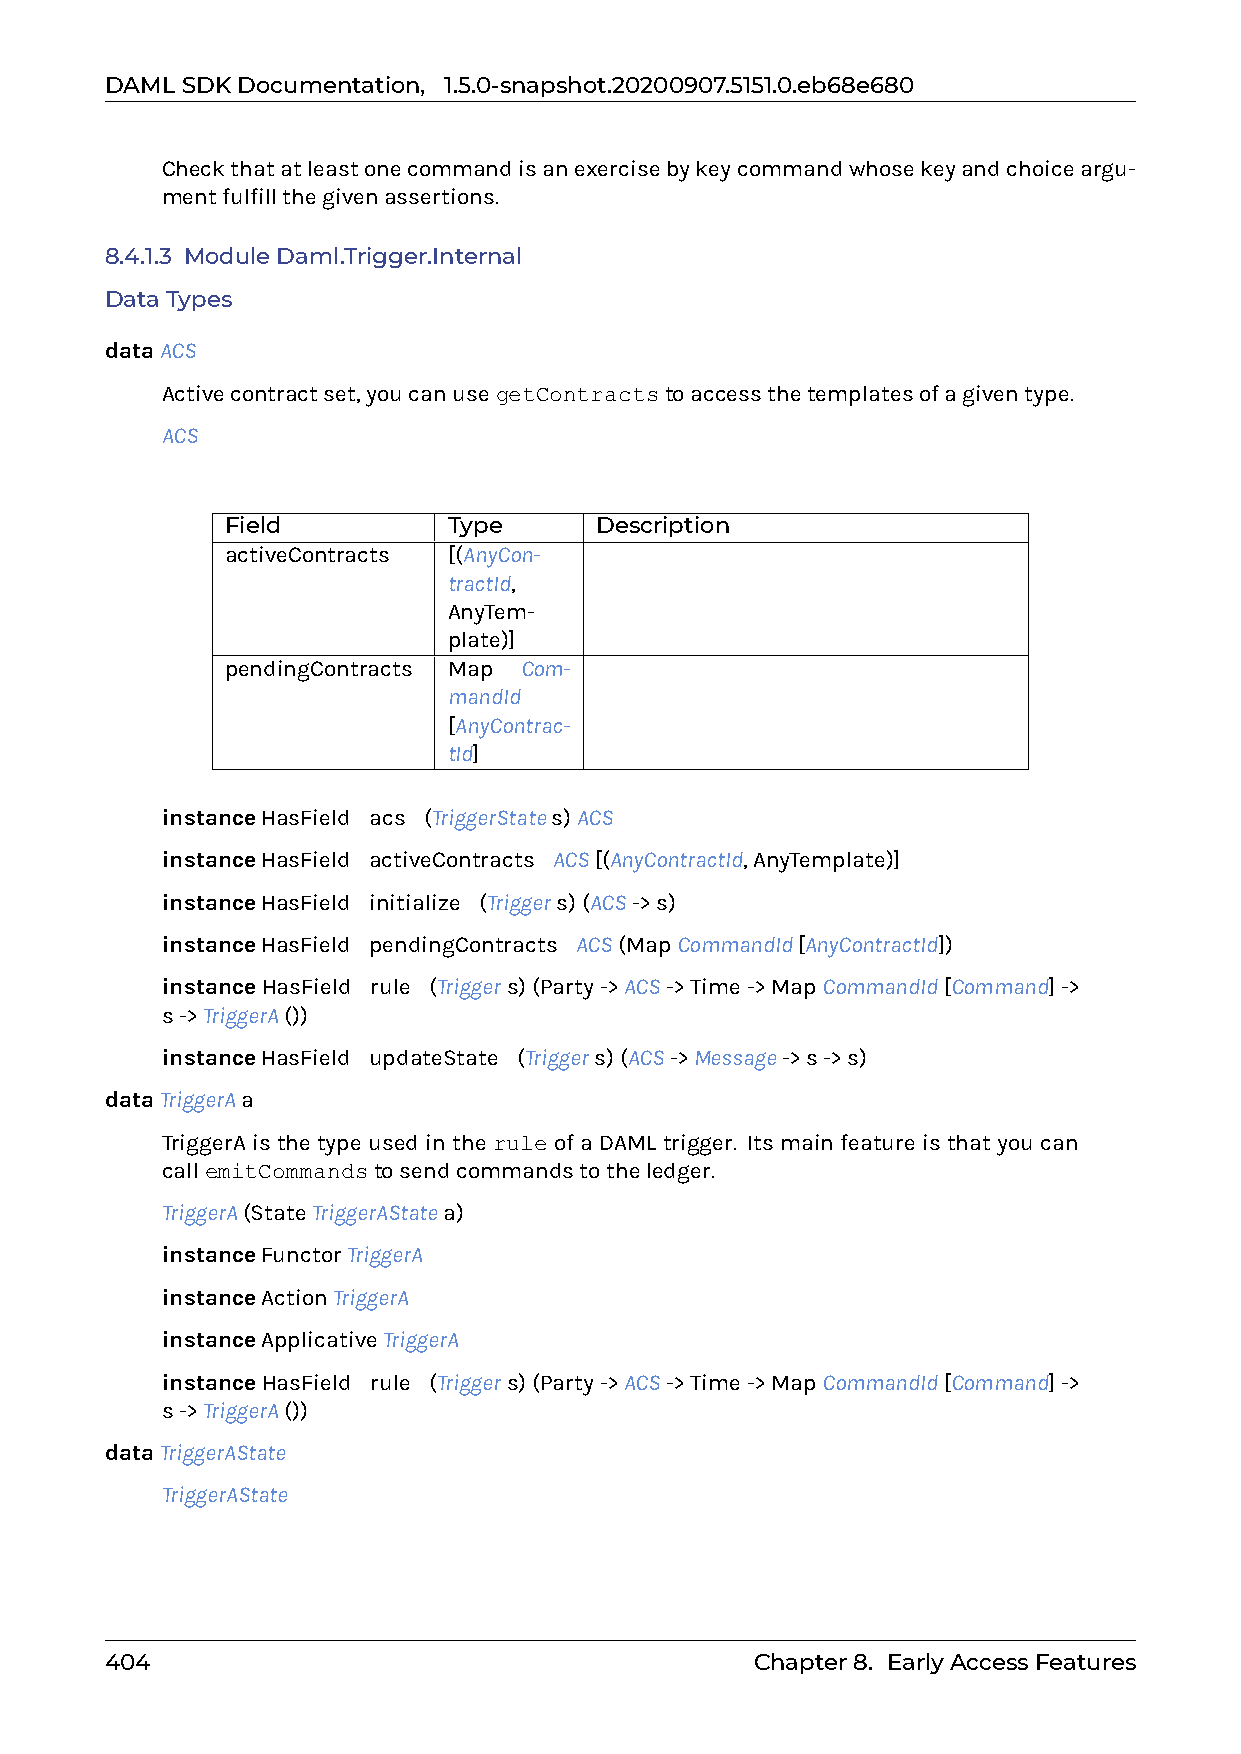
DAMLSDKDocumentation, 1.5.0-snapshot.20200907.5151.0.eb68e680
 Checkthatatleastonecommandisanexercisebykeycommandwhosekeyandchoiceargu-
 mentfulfillthegivenassertions.
 8.4.1.3 ModuleDaml.Trigger.Internal
 DataTypes
 dataACS
 Activecontractset,youcanusegetContractstoaccessthetemplatesofagiventype.
 ACS
 Field          Type     Description
 activeContracts [(AnyCon-
 tractId,
 AnyTem-
 plate)]
 pendingContracts Map Com-
 mandId
 [AnyContrac-
 tId]
 instanceHasField0acs0(TriggerStates)ACS
 instanceHasField0activeContracts0ACS[(AnyContractId,AnyTemplate)]
 instanceHasField0initialize0(Triggers)(ACS->s)
 instanceHasField0pendingContracts0ACS(MapCommandId[AnyContractId])
 instanceHasField0rule0(Triggers)(Party->ACS->Time->MapCommandId[Command]->
 s->TriggerA())
 instanceHasField0updateState0(Triggers)(ACS->Message->s->s)
 dataTriggerAa
 TriggerAisthetypeusedinthe ruleofaDAMLtrigger. Itsmainfeatureisthatyoucan
 callemitCommandstosendcommandstotheledger.
 TriggerA(StateTriggerAStatea)
 instanceFunctorTriggerA
 instanceActionTriggerA
 instanceApplicativeTriggerA
 instanceHasField0rule0(Triggers)(Party->ACS->Time->MapCommandId[Command]->
 s->TriggerA())
 dataTriggerAState
 TriggerAState
 404                                        Chapter8. EarlyAccessFeatures